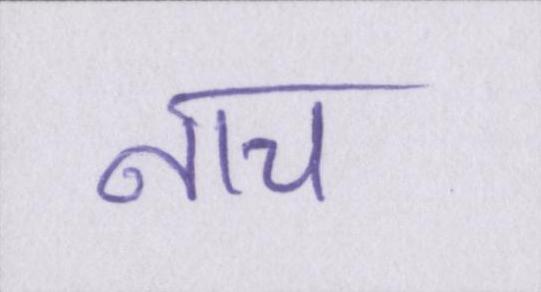
नाच